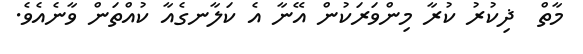
މާތް  ޛިކުރު ކުރާ މިންވަރަކުން އޭނާ އެ ކަލާނގެއާ ކުއްތަން ވާނެއެވެ.